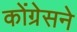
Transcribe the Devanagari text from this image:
कोंग्रेसने